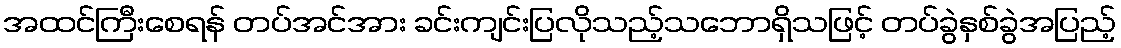
အထင်ကြီးစေရန် တပ်အင်အား ခင်းကျင်းပြလိုသည့်သဘောရှိသဖြင့် တပ်ခွဲနှစ်ခွဲအပြည့်